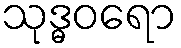
သုဒ္ဓဝရော